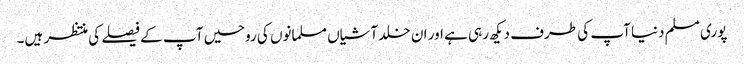
پوری مسلم دنیا آپ کی طرف دیکھ رہی ہے اور ان خلد آشیاں مسلمانوں کی روحیں آپ کے فیصلے کی منتظر ہیں۔